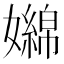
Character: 嬵